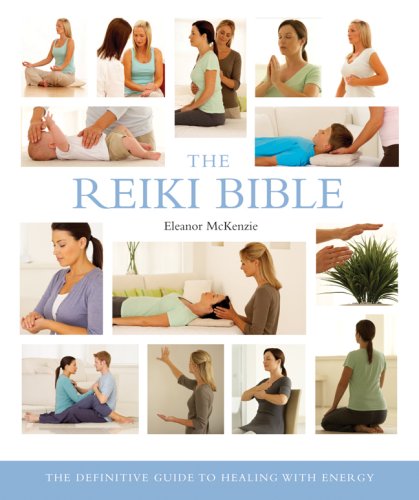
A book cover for The Reiki Bible: The Definitive Guide to Healing with Energy; Eleanor McKenzie; Health, Fitness & Dieting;